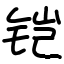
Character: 铠